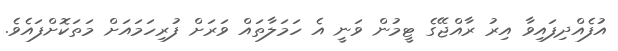
އުފެއްދިފައިވާ އިރު ރާއްޖޭގެ ޓީމުން ވަނީ އެ ހަމަލާތައް ވަރަށް ފުރިހަމައަށް މަތަކޮށްފައެވެ.